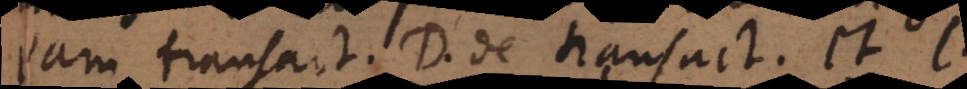
eam transact. D. de transact. et l.